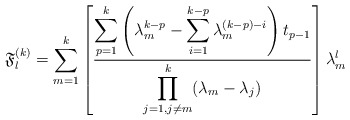
\begin{align*}\mathfrak{F}_l^{(k)}=\sum_{m=1}^{k} \left[\displaystyle \frac{\displaystyle\sum_{p=1}^{k}\left(\lambda_m^{k-p}-\displaystyle\sum_{i=1}^{k-p}\lambda_m^{(k-p)-i}\right)t_{p-1}}{\displaystyle \prod_{j=1, j\neq m}^{k}(\lambda_m - \lambda_j)} \right] \lambda_m^l\end{align*}